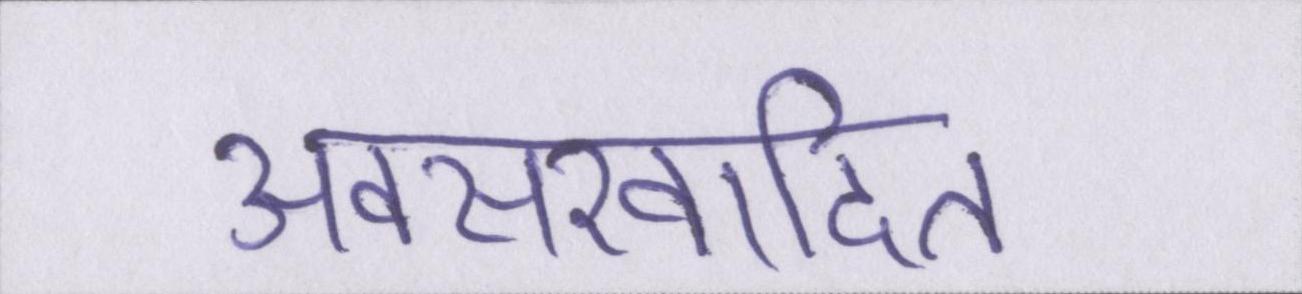
अवसरवादित